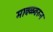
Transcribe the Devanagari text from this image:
मावळवरुन